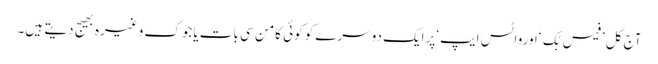
آج کل ’فیس بُک ‘اورواٹس ایپ‘پرایک دوسرے کو کوئی کامن سی بات یاجوک وغیرہ بھیج دیتے ہیں۔